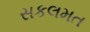
સકલમત